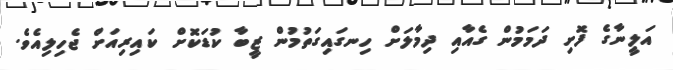
އަލީނާގެ ފޮށި ދަމަމުން ގެއާއި ދިމާލަށް ހިނގައިގަތުމުން ޒީބާ ކުޑަކޮށް ކައިރިއަށް ޖެހިލިއެވެ.